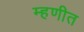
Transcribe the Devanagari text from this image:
म्हणीत